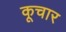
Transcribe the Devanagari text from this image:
कूचार